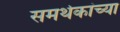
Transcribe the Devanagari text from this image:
समर्थकांच्या